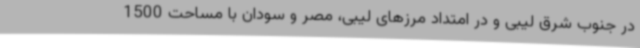
در جنوب شرق لیبی و در امتداد مرزهای لیبی، مصر و سودان با مساحت 1500